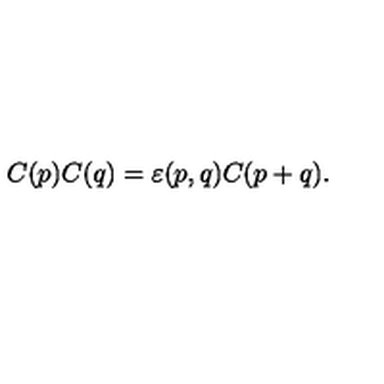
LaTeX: C ( p ) C ( q ) = \varepsilon ( p , q ) C ( p + q ) .